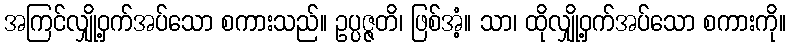
အကြင်လျှို့ဝှက်အပ်သော စကားသည်။ ဥပ္ပဇ္ဇတိ၊ ဖြစ်အံ့။ သာ၊ ထိုလျှို့ဝှက်အပ်သော စကားကို။